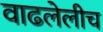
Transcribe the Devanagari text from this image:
वाढलेलीच